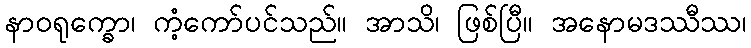
နာဝရုက္ခော၊ ကံ့ကော်ပင်သည်။ အာသိ၊ ဖြစ်ပြီ။ အနောမဒဿီဿ၊